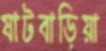
ষাটবাড়িয়া